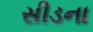
સીડના